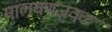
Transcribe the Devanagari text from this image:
मालवणजवळ